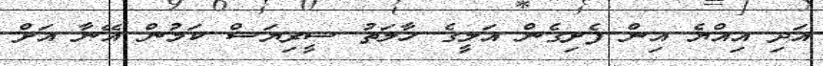
އަދި އިއްޔެ އިން ފެށިގެން އަލީގެ ހާލަތު ސީރިޔަސް ކަމުން އޭނާ އަށް